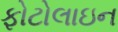
ફોટોલાઇન